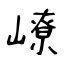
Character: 嶛